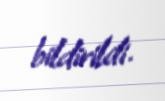
bildirildi.